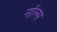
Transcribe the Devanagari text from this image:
नॉल्स